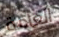
العامة